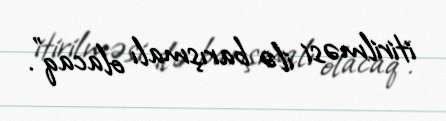
itirilməsi ilə barışmalı olacaq”.